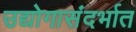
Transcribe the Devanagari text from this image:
उद्योगासंदर्भात